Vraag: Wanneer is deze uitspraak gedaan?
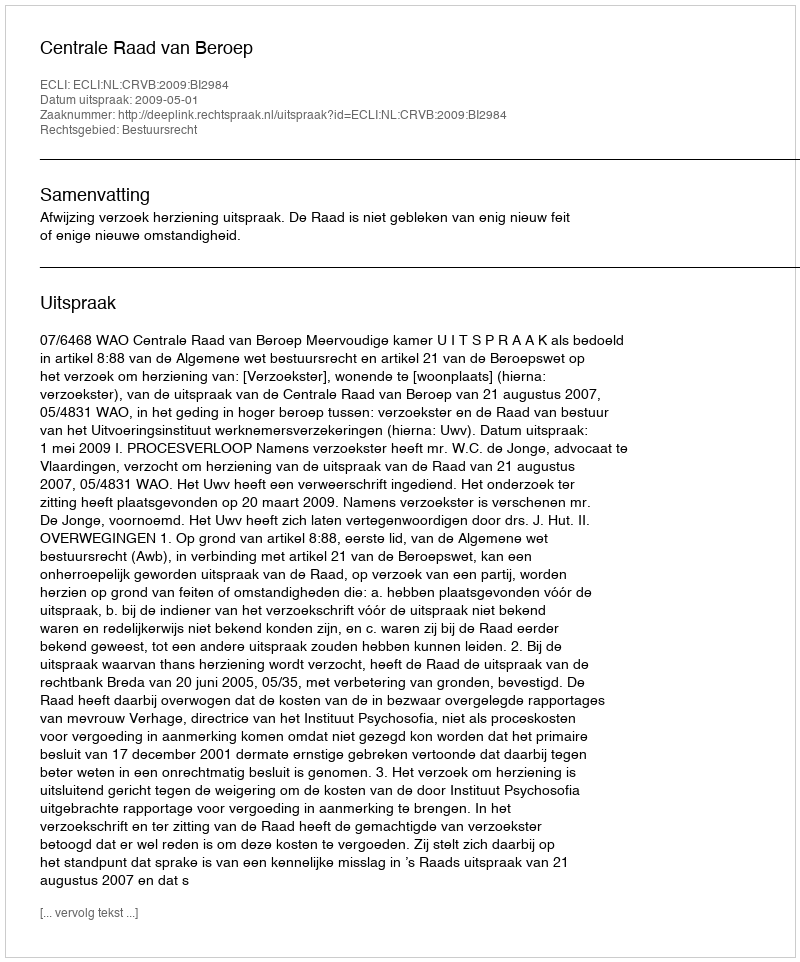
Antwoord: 2009-05-01